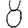
Digit: 8